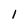
Character: 1